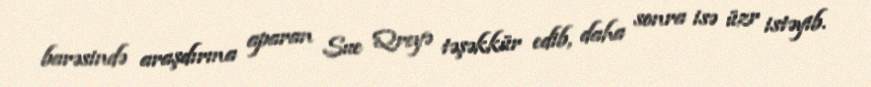
barəsində araşdırma aparan Sue Qreyə təşəkkür edib, daha sonra isə üzr istəyib.